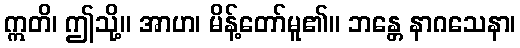
ဣတိ၊ ဤသို့။ အာဟ၊ မိန့်တော်မူ၏။ ဘန္တေ နာဂသေနာ၊